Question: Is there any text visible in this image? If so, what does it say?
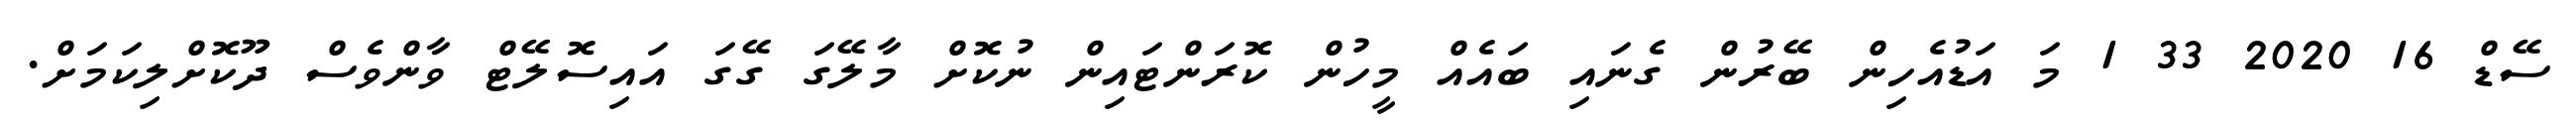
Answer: ސޭޑް 16 2020 33 1 މަ އަޑުއެހިން ބޭރުން ގެނައި ބައެއް މީހުން ކޮރަންޓައިން ނުކޮށް މާލޭގަ ގޭގަ އައިސޮލޭޓް ވާންވެސް ދޫކޮށްލިކަމަށް.